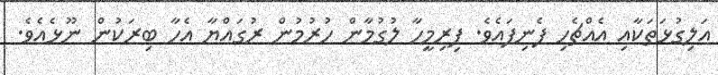
އަލިގުޅަތަކާއި އެއްޗެހި ފެނިފައެވެ. ފިރިމީހާ ލުގުމާން ހުރުމުން ރުގައްޔާ އެހާ ބިރަކުން ނޫޅެއެވެ.